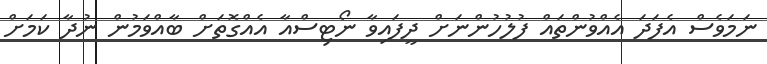
ނަމަވެސް އެފަދަ އެއްވުންތައް ފުލުހުންނަށް ދީފައިވާ ނޯޓިސްއާ އެއްގޮތަށް ބާއްވަމުން ނުދާ ކަމަށް